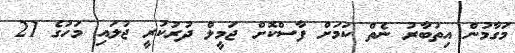
މަގާމުން އިތުބާރު ނެތް ކަމަށް ފާސްކޮށް ޖަމީލް ދުރުކުރީ ޖުލައި މަހުގެ 21